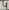
Text: 4